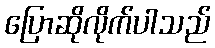
ပြောဆိုလိုက်ပါသည်